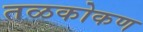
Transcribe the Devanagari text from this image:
तळकोकण